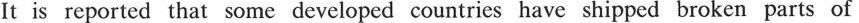
It is reported that some developed countries have shipped broken parts of